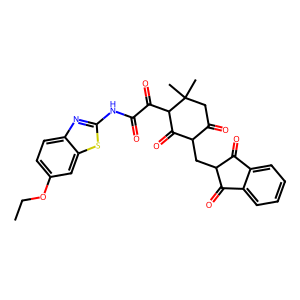
SMILES: CCOc1ccc2nc(NC(=O)C(=O)C3C(=O)C(CC4C(=O)c5ccccc5C4=O)C(=O)CC3(C)C)sc2c1
Inhibits HIV replication: No